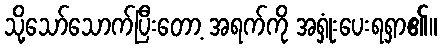
သို့သော်သောက်ပြီးတော့ အရက်ကို အရှုံးပေးရရှာ၏။